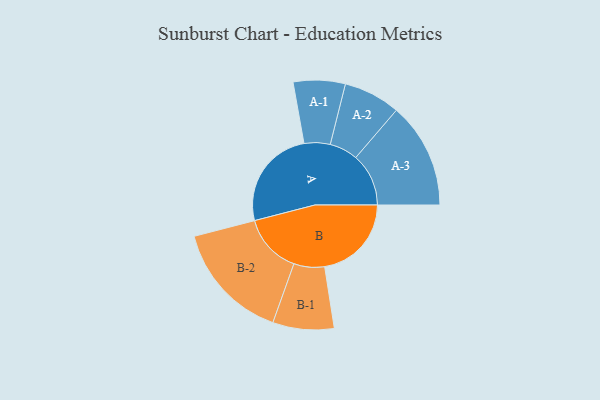
{"axis": {"x": "Segment", "y": "Value"}, "legend": ["", "A", "B"], "data": [{"x": "A", "y": 455, "type": ""}, {"x": "B", "y": 391, "type": ""}, {"x": "A-1", "y": 117, "type": "A"}, {"x": "A-2", "y": 128, "type": "A"}, {"x": "A-3", "y": 238, "type": "A"}, {"x": "B-1", "y": 138, "type": "B"}, {"x": "B-2", "y": 269, "type": "B"}]}